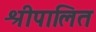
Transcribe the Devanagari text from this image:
श्रीपालित